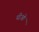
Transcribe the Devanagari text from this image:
यीओ